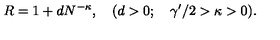
R = 1 + d N ^ { - \kappa } , \quad ( d > 0 ; \quad { \gamma ^ { \prime } } / 2 > \kappa > 0 ) .